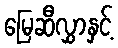
မြေဆီလွှာနှင့်